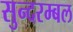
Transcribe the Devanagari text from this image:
सुन्दरम्बल